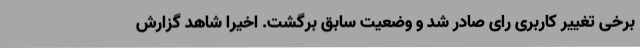
برخی تغییر کاربری رای صادر شد و وضعیت سابق برگشت. اخیرا شاهد گزارش